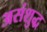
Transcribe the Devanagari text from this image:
असंशुद्ध